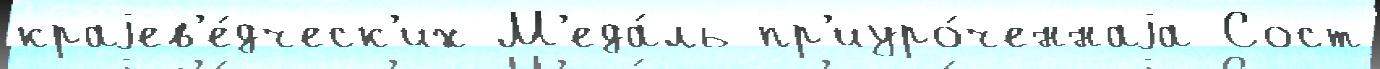
краjев'е́дческ'их М'еда́ль пр'иуро́ченнаjа Сост